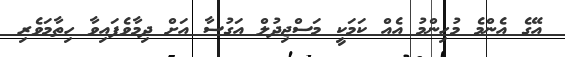
އޭގެ އެންމެ މުހިންމު އެއް ކަމަކީ މަސްޖިދުލް އަގުސާ އަށް ދިމާވެފައިވާ ހިތާމަވެރި